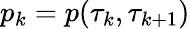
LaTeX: p_{k}=p(\tau_{k},\tau_{k+1})